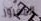
المغرور